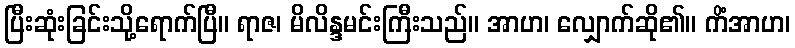
ပြီးဆုံးခြင်းသို့ရောက်ပြီ။ ရာဇ၊ မိလိန္ဒမင်းကြီးသည်။ အာဟ၊ လျှောက်ဆို၏။ ကိံအာဟ၊